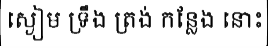
ស្ងៀម ទ្រឹង ត្រង់ កន្លែង នោះ